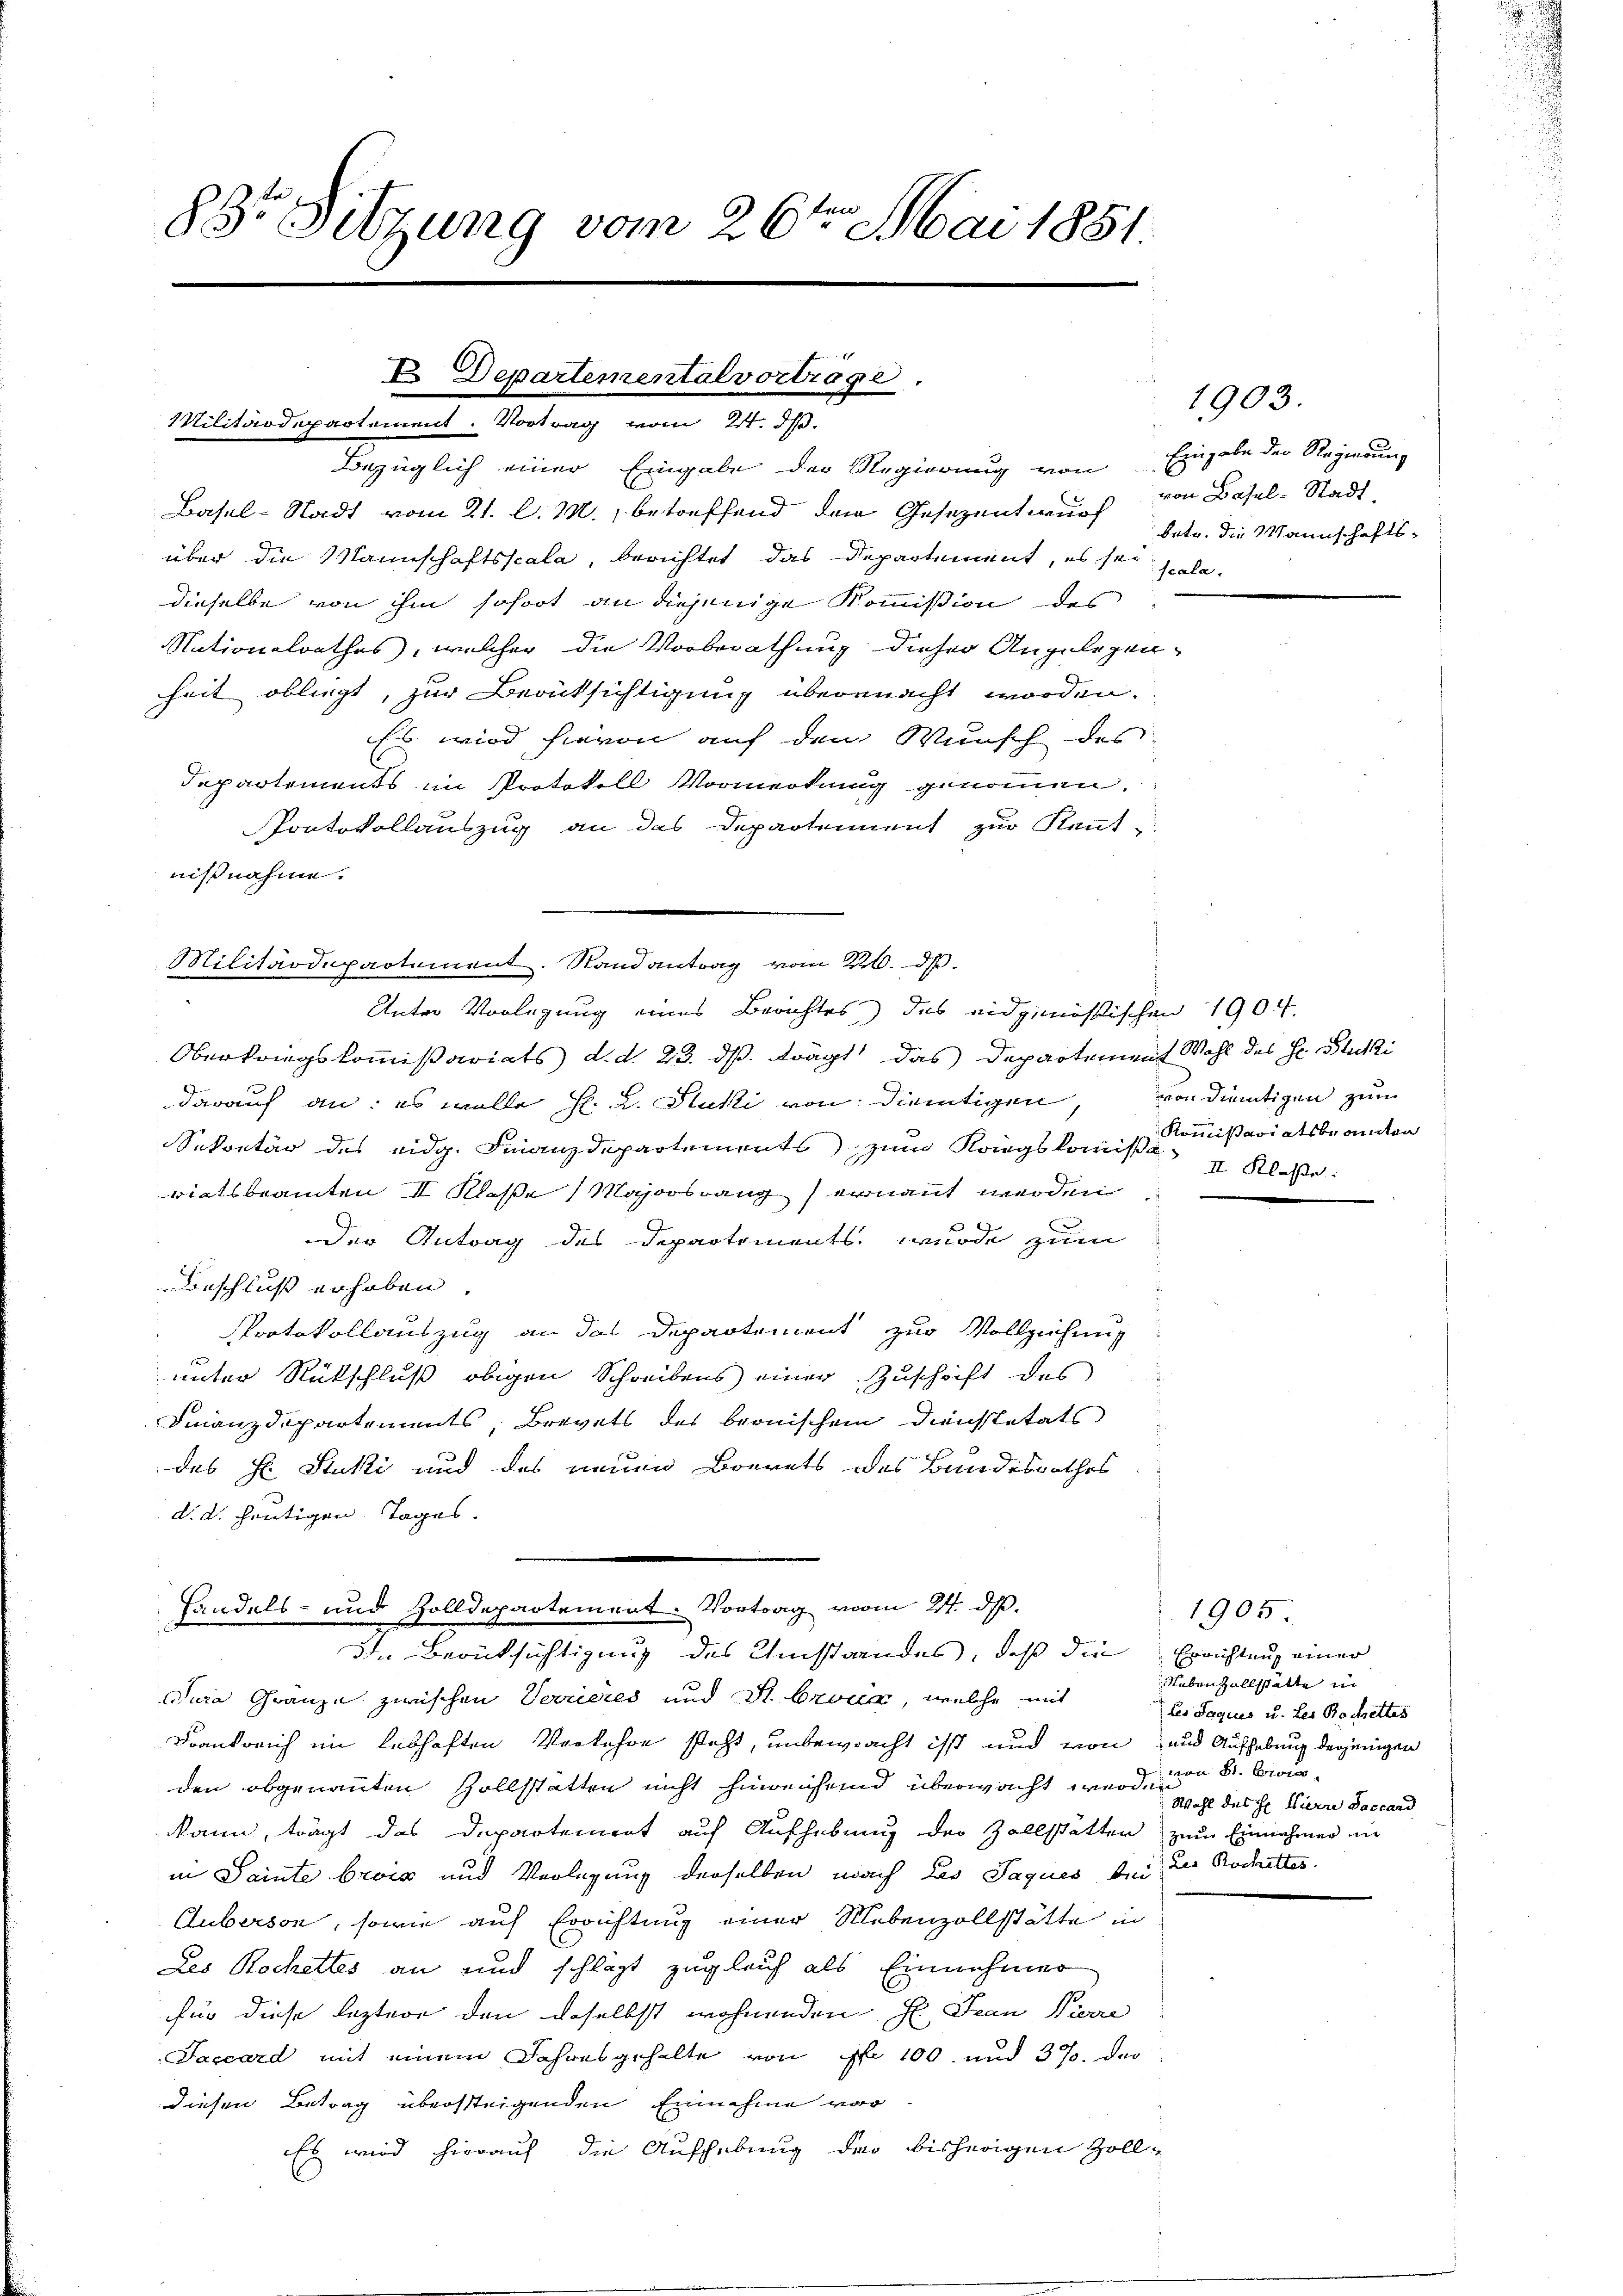
83r Sitzung vom 26te͇n Mai 1851.

Bezüglich einer Eingabe der Regierung von Eingabe der Regierung
Basel-Stadt vom 21. d. M., betreffend dem Gesezentwurf betr. die Mannschafts-
über die Mannschaftsscala, berichtet das Departement, es sei hieldieselbe von ihm sofort an diejenige Kommission des
Nationalrathes, welcher die Vorberathung dieser Angelegenheit obliegt, zur Berücksichtigung übermacht worden.
Es wird hievon auf den Wunsch des
Departements im Protokoll Vormerkung genommen
Pontokollauszug an das Departement zur Kennt-
nißnahme.

Oberkriegskommißariats d. d. 23. ds. frägt das Departement Wahl des Hr. Stucki
darauf an: es wolle H. L. Stutti von dientigen, von Dietigen zum
Sekretär des eidg. Finanzdepartements zum Kriegskommißa 7 Klasse
riatsbeamten II Klasse Majorsrang ernannt werden,
2
Der Antrag des Departements, wurde zum
Beschluß erhoben
Protokollauszug an das Departement zur Vollziehung
unter Rutschluß obigen Schreibens einer Zuschrift des
Finanzdepartements, Brevets des bernischem Dienstetats
das St. Stuki und des neuen Boerets des Bundesrathes
d. d. heutigen Tages.

V Departemental vortrage.
Militärdepartement. Vortrag vom 21. d.

Militärdepartement. Randantrag vom 20. d.
Unter Vorlegung eines Berichtes) des eidgenössischen 1904

Handels- und Zolldepartement. Vortrag vom 24. d.
In Berücksichtigung des Umstandes, daß die Errichtung einer

1903.
von Basel-Stadt

Jura Gränze zwischen Vorieres und St. Brock, welche mit
Frankreich im lebhaften Verkehre steht, unbewacht isst und von und Aufhebung derjenigen
den obgenannten Zollstatten nicht hinreichend überwacht werden 8. Brankann, trägt das Departement auf Aufhebung der Zollstätter zum Einnehmer in
in Sainte brois und Verlegung derselben nach das Jaquer bei die Rochettes
Cuberson, sowie auf Errichtung einer Nebenzollstätte in
Les Rochettes an und schlägt zugleich als Einnehmer
für diese leztere den daselbst wohnenden H. Jean Pierre
Faccard mit einem Jahresgehalte von No 100. und 370. der
diesen Betrag übersteigenden Einnahme vor
Es wird hierauf die Aufhebung der bisherigen Zoll-

Kommißariatsbeanten

1905.
Nebenzollstätte in
les Jaquis u. Les Bochettes
Wahl des H. Hürre Saccard